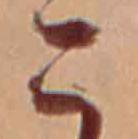
こ